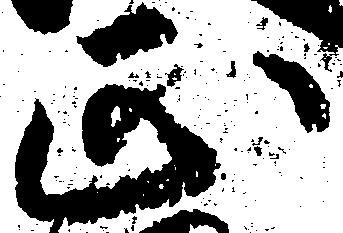
正